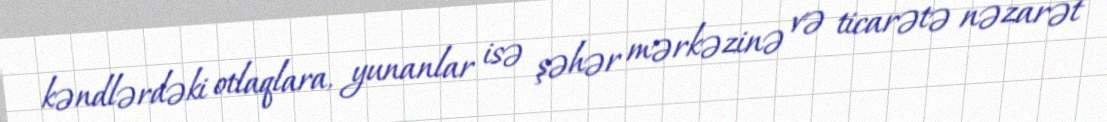
kəndlərdəki otlaqlara, yunanlar isə şəhər mərkəzinə və ticarətə nəzarət